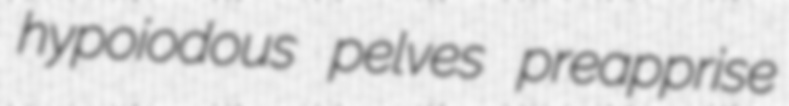
hypoiodous pelves preapprise